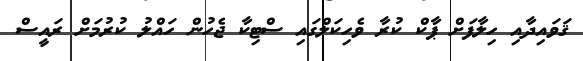
ޤަވައިދާއި ހިލާފަށް ޕާކް ކުރާ ވެހިކަލްގައި ސްޓިކާ ޖެހުން ހައްލު ކުރުމަށް ރައީސް